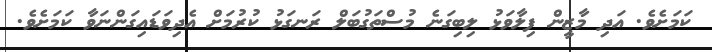
ކަމަށެވެ. އަދި މާޒީން ފިލާވަޅު ލިބިގަނެ މުސްތަގުބަލް ރަނގަޅު ކުރުމަށް އެދިވަޑައިގަންނަވާ ކަމަށެވެ.